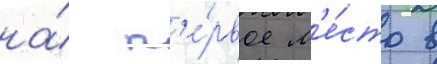
на́ п'е́рвое м'е́сто в